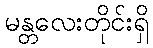
မန္တလေးတိုင်းရှိ